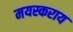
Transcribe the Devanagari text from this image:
मयस्कराय